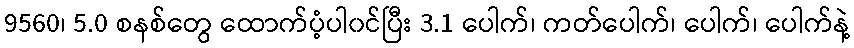
9560၊ 5.0 စနစ်တွေ ထောက်ပံ့ပါ၀င်ပြီး 3.1 ပေါက်၊ ကတ်ပေါက်၊ ပေါက်၊ ပေါက်နဲ့